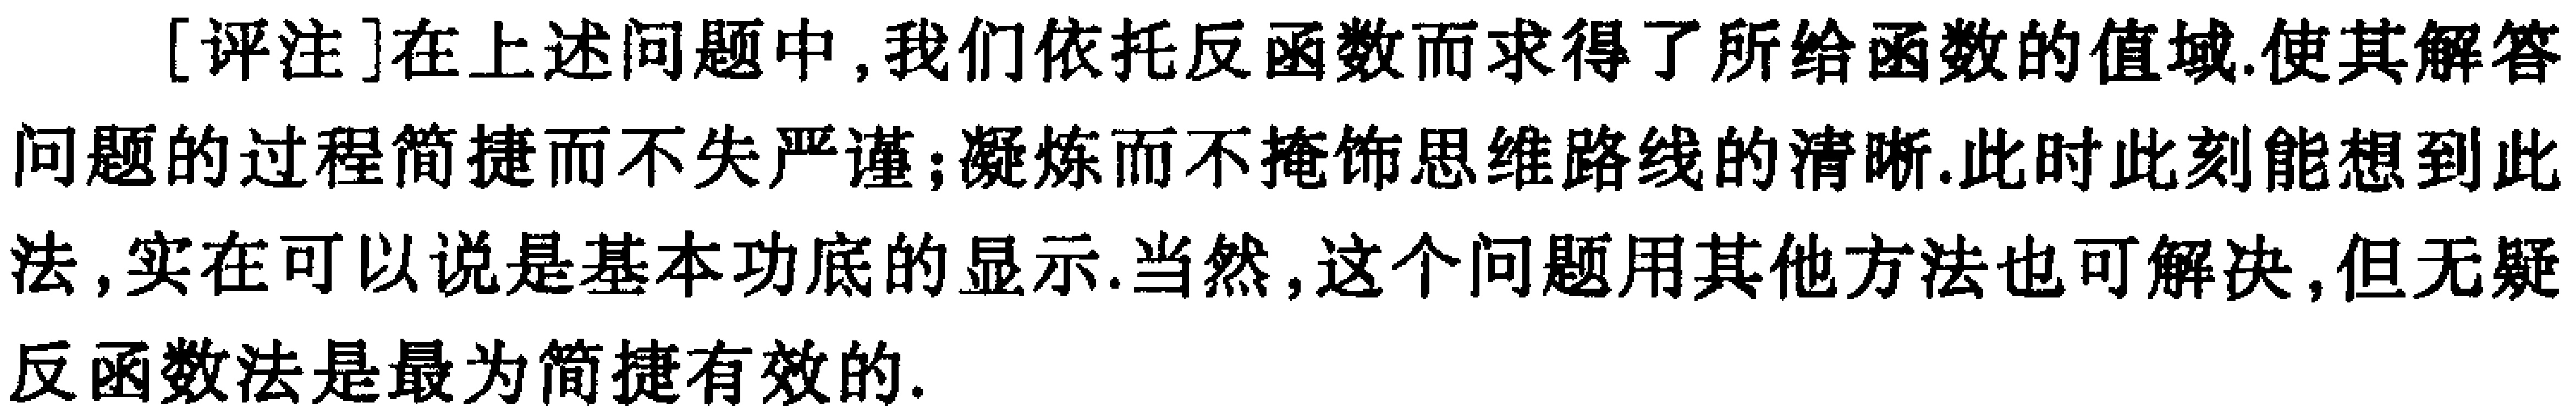
[评注]在上述问题中, 我们依托反函数而求得了所给函数的值域, 使其解答问题的过程简捷而不失严谨; 凝炼而不掩饰思维路线的清晰. 此时此刻能想到此法, 实在可以说是基本功底的显示. 当然, 这个问题用其他方法也可解决, 但无疑反函数法是最为简捷有效的.